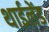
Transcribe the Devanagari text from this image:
थाईलेंड